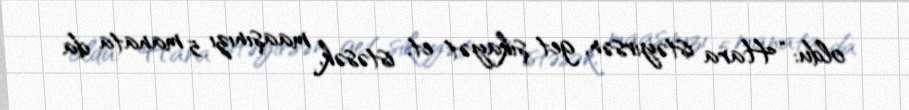
oldu: “Hara istəyirsən, get şikayət et, istəsək, maaşınızı 5 manata da